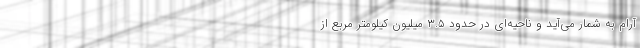
آرام به شمار می‌آید و ناحیه‌ای در حدود ۳.۵ میلیون کیلومتر مربع از